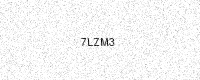
Text: 7LZM3